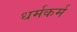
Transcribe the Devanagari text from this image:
धर्मकर्म